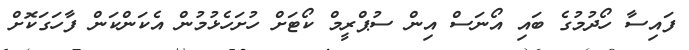
ފައިސާ ހޯދުމުގެ ބައި އޯނަސް އިން ސުޕްރީމް ކޯޓަށް ހުށަހެޅުމުން އެކަންކަން ފާހަގަކޮށް